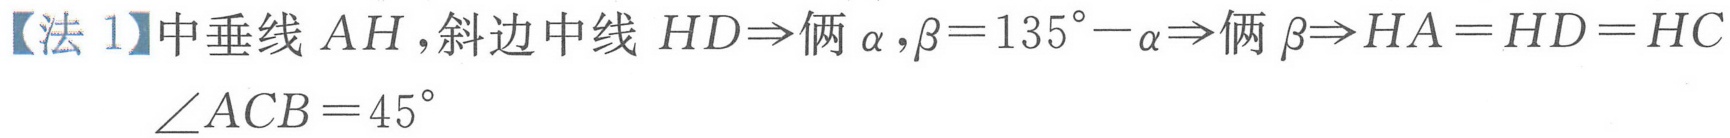
【法 1】中垂线 $AH$，斜边中线 $HD\Rightarrow$ 俩 $\alpha,\beta = 135^{\circ}-\alpha\Rightarrow$ 俩 $\beta\Rightarrow HA = HD = HC$
$\angle ACB = 45^{\circ}$